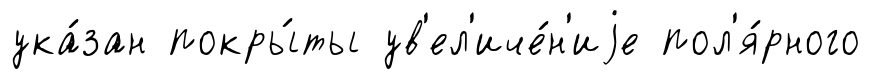
ука́зан покры́ты ув'ел'иче́н'иjе пол'я́рного